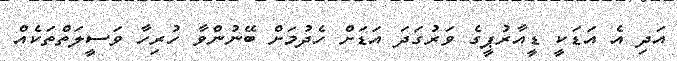
އަދި އެ އަޑަކީ ޑީއާރުޕީގެ ވަރުގަދަ އަޑަށް ހެދުމަށް ބޭނުންވާ ހުރިހާ ވަސީލަތްތަކެއް